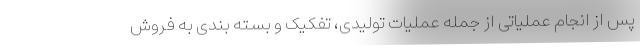
پس از انجام عملیاتی از جمله عملیات تولیدی، تفکیک و بسته بندی به فروش